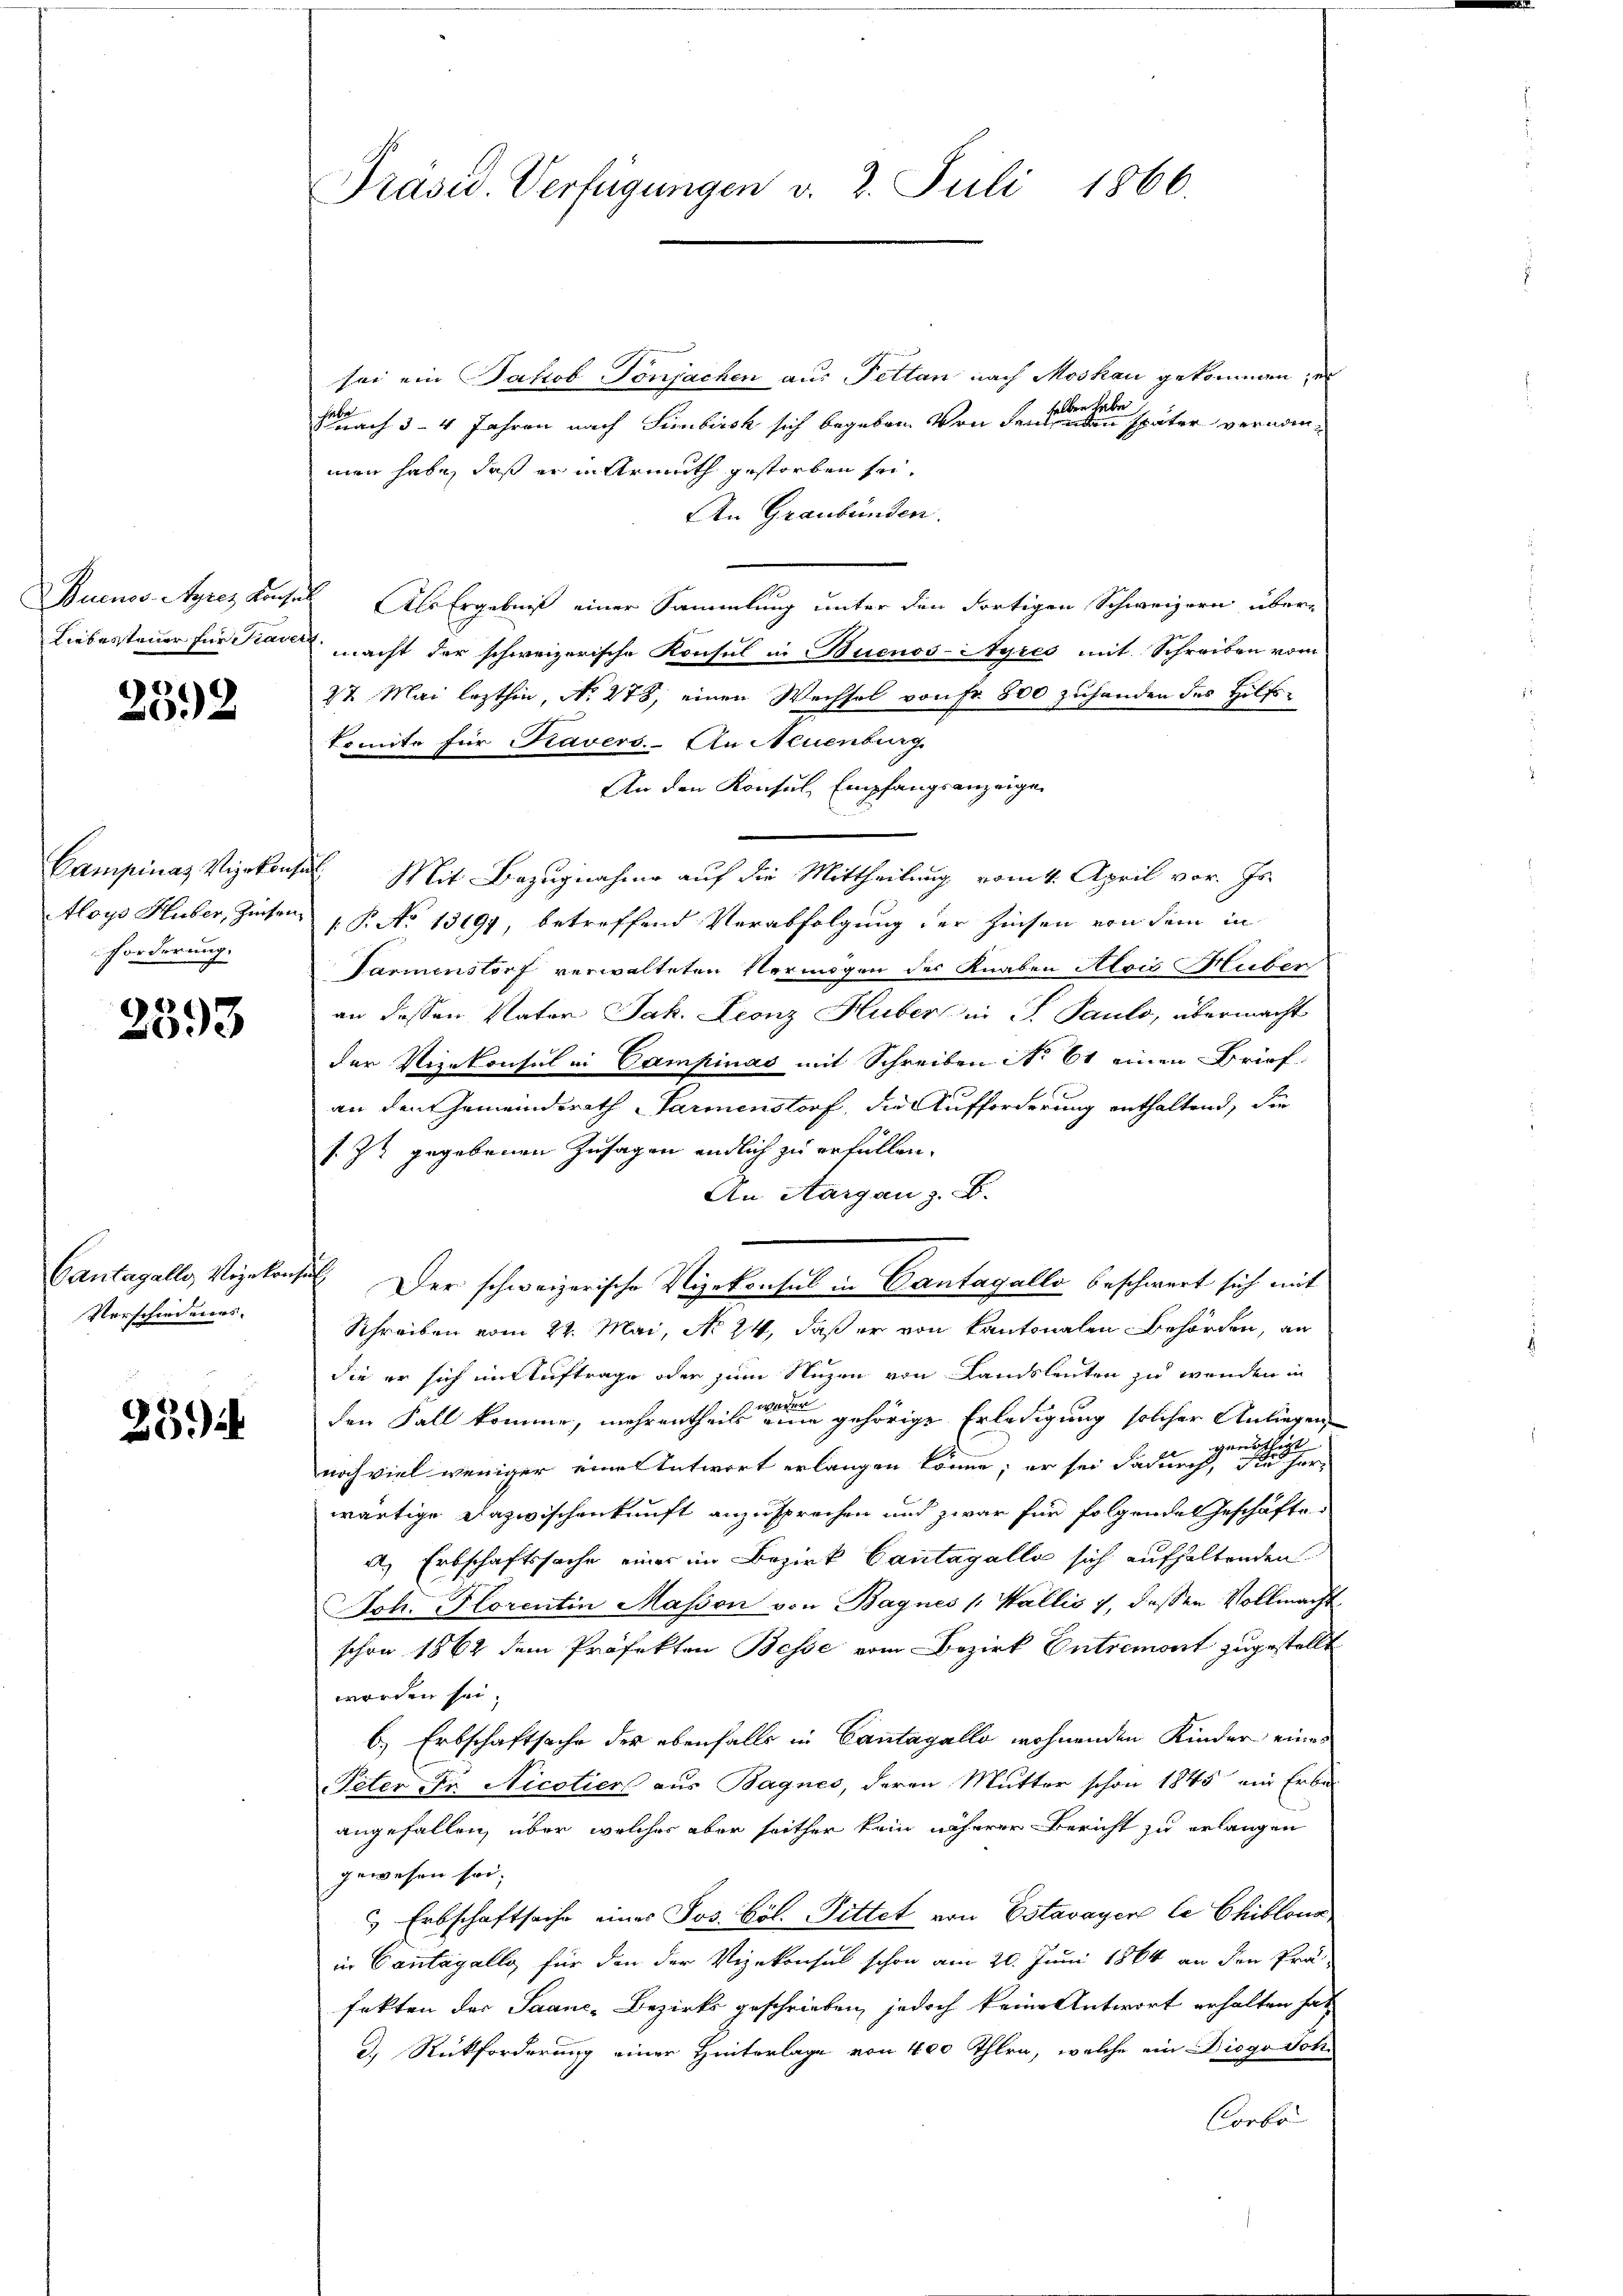
232

Forderung.

2393

Verschiedeners.

23.)

Präsid. Verfügungen v. 2. Juli 1866.

sei ein Jakob Tonjachen aus Pettan nach Moskau gekommen, er
selben habe
übe
snach 3-4 Jahren nach Simbisch sich begeben von denenden später vernommen habe, daß er in Armuth gestorben sei.
An Graubünden.
Buenos-Ayres Lachen. Als Ergebniß einer Sammlung unter den dortigen Schweizern über-
Liebesteuer für Frau macht der schweizerische Konsul in Buenos-Ayres mit Schreiben vom
22 Mai lezthin, No 278, einen Wechsel von Fr. 800 zuhanden des Hilfskomite für Kavers.- An Neuenburg.
An den Konsul, Empfangsanzeige
Campinaz Vizekonsus. Mit Bezugnahme auf die Mittheilung vom 4. April vor. Js.
Aloys Huber, Zinsen P. No 13197, betreffend Verabfolgung der Zinsen von dem in
Tarmenstorf verwalteten Vermögen des Knaben Alois Huber
an dessen Vater Jak. Leonz Huber in P. Pauls, übermacht
der Vizekonsul in Campinas mit Schreiben No 61 einen Brief
an den Gemeindsrath Parmenstorf, die Aufforderung enthaltend, die
s. Zt. gegebenen Zusagen endlich zu erfüllen.
An Aargau z. B.
Gantagalle, Vizekonsil. Der schweizerische Vizekonsul in Cantagalle beschwert sich mit
Schreiben vom 24. Mai, No 24, daß er von Kantonalen Behörden, an
Sie er sich im Auftrage oder zum Nuzen von Landsleuten zu wenden in
den Fall komme, mehrentheils einen gehörige Erledigung solcher Anliegen
noch viel weniger eines Antwort erlangen könne; er sei darung einen seine
wärtige Dazwischenkunft anzusprechen und zwar für folgendes Geschäfte
A, Erbschaftssache einer im Bezirk Cantagalle sich aufhaltenden
Ach. Florentin Masson von Bagnes (Wallis 7, dassen Vollmacht
schon 1864 dem Präfekten Besse vom Bezirk Entremont zugestellt
worden sei.
b.) Erbschaftsache der ebenfalls in Cantagallo wohnenden Kinder eines
Peter Fr. Nicoliers aus Bagnes, deren Mutter schon 1845 ein Erbe
angefallen, über welches aber seither kein näherer Bericht zu erlangen
gewesen sei.
 Erbschaftsache eines Jos. Bol. Pittet von Estavayer le Chiblona
in Cantagalle, für den der Vizekonsul schon am 20. Juni 1864 an den Prä-
fekten der Saane-Bezirks geschrieben, jedoch keine Antwort erhalten hat,
d. Rückforderung einer Hinterlage von 400 Ihlen, welche ein Diogo Joh
Corbo